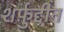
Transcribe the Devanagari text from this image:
शर्फ़ुद्दीन